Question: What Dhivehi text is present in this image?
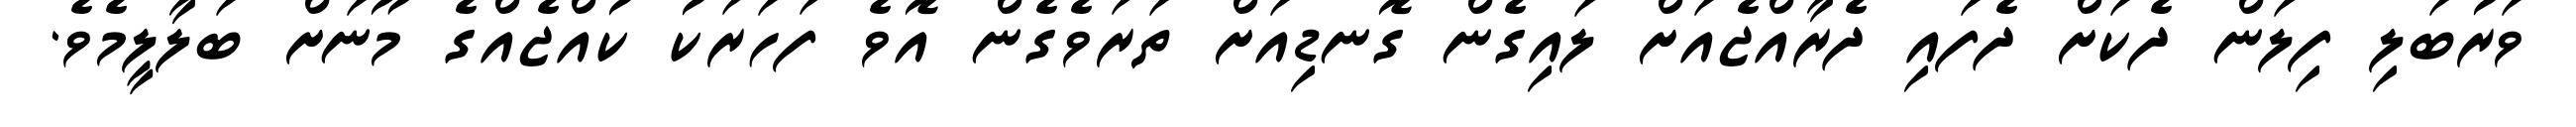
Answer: ވަރުބަލި ފިލަން ދެކަށް ދެފައި ދެރާއްޖެއަށް ލައިގެން ގޮނޑިއަށް ތަރަވެގެން އޮވެ ފަހަރަކު ކުއްޖެއްގެ މޫނަށް ބަލާލީމެވެ.